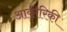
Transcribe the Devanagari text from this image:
आकीरिकी